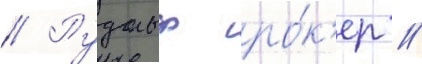
// Рудольф ро́к'ер //